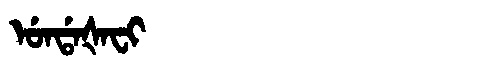
Manchu: ᡠᠨᡩᠠᡧᠠᠸᡳ
Romanization: UNDAŠAFI